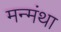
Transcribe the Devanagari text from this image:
मन्मंथा